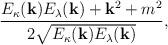
LaTeX: \begin{align*}\frac{E_\kappa({\bf k})E_\lambda({\bf k})+{\bf k}^2+m^2}{2 \sqrt{E_\kappa({\bf k})E_\lambda({\bf k})}},\end{align*}